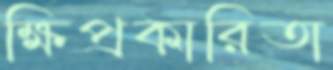
ক্ষিপ্রকারিতা